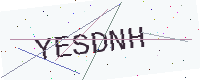
Text: YESDNH